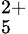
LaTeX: _5^{2+}